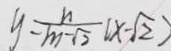
y = \frac { n } { m - \sqrt { 2 } } ( x - \sqrt { 2 } )